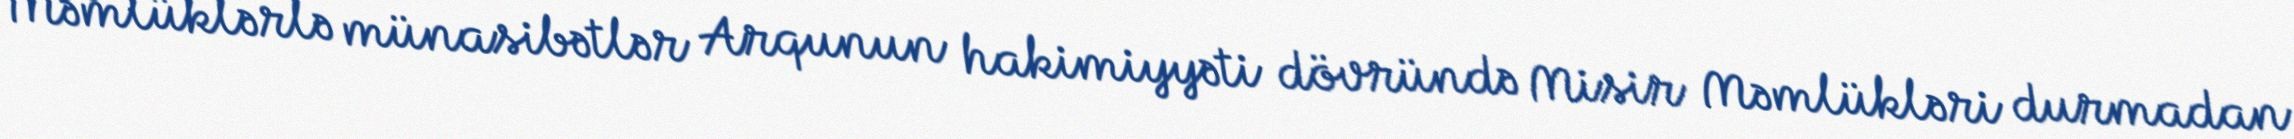
Məmlüklərlə münasibətlər Arqunun hakimiyyəti dövründə Misir Məmlükləri durmadan